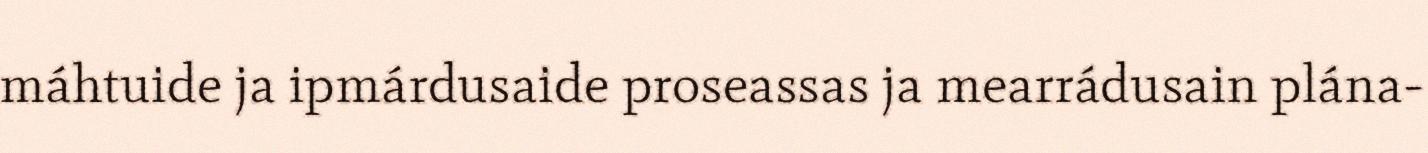
máhtuide ja ipmárdusaide proseassas ja mearrádusain plána-